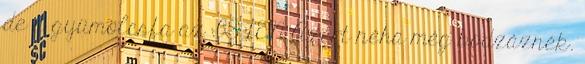
de a gyümölcsfa az ISTEN Azért néha még bodzáznék.